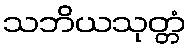
သဘိယသုတ္တံ